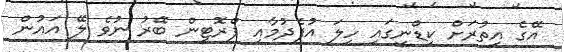
އޭގެ އިތުރަށް ކިޑްނީގައި ހިލަ އުފެދުމާއި ޕްރޮޓީން ބޭރު ނުވެ ލޭ އައުން